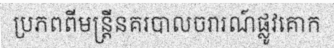
ប្រភពពីមន្ត្រីនគរបាលចរារណ៍ផ្លូវគោក